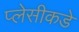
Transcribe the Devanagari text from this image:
प्लेसीकडे